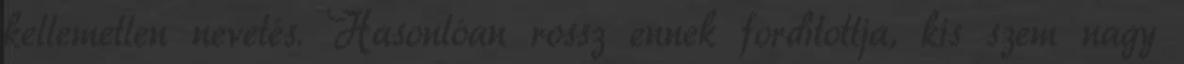
kellemetlen nevetés. Hasonlóan rossz ennek fordítottja, kis szem nagy